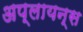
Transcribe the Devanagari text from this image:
अप्लायन्स